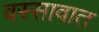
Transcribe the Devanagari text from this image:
वस्सावात